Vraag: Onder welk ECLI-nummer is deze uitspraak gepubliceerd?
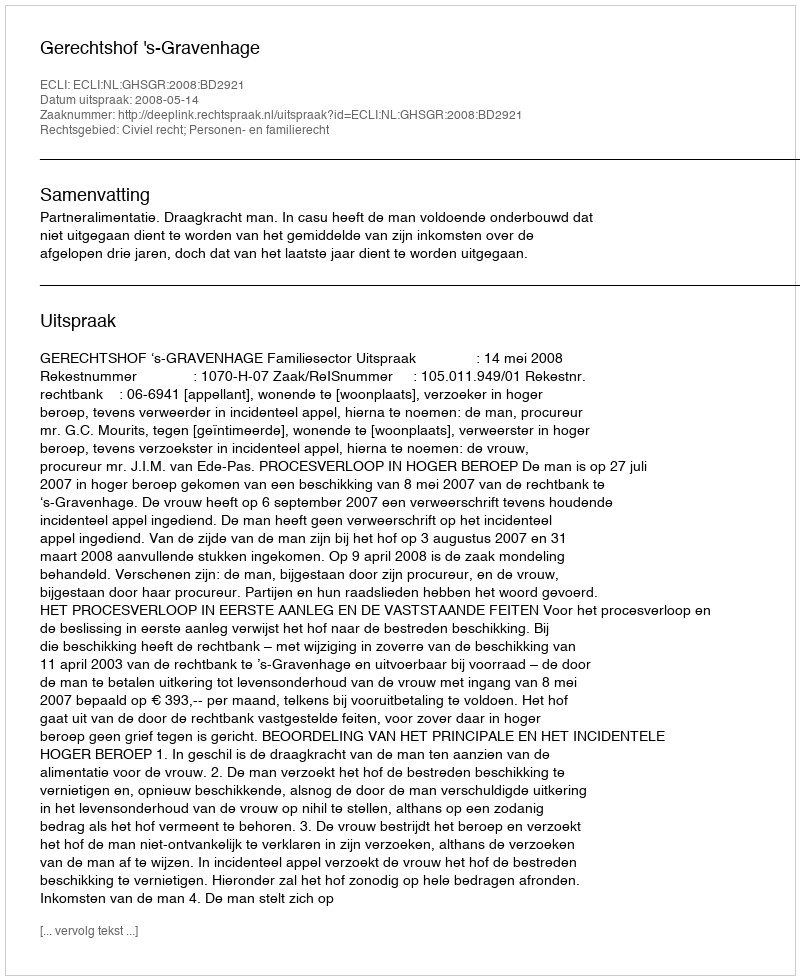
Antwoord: ECLI:NL:GHSGR:2008:BD2921